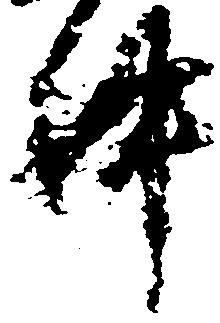
件